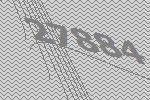
27884